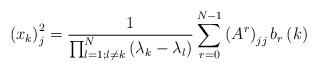
\begin{align*}\left( x_{k}\right) _{j}^{2}=\frac{1}{{\prod_{l=1;l\neq k}^{N}}\left(\lambda_{k}-\lambda_{l}\right) }\sum_{r=0}^{N-1}\left( A^{r}\right)_{jj}b_{r}\left( k\right) \end{align*}